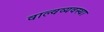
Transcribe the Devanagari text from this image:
वाल्वव्यवस्था